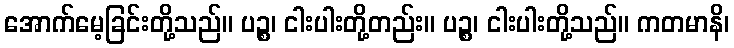
အောက်မေ့ခြင်းတို့သည်။ ပဉ္စ၊ ငါးပါးတို့တည်း။ ပဉ္စ၊ ငါးပါးတို့သည်။ ကတမာနိ၊